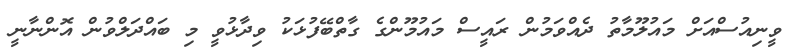
ވީނިއުސްއަށް މައުލޫމާތު ދެއްވަމުން ރައީސް މައުމޫންގެ ގާތްބޭފުޅަކު ވިދާޅުވީ މި ބައްދަލްވުން އޮންނާނީ